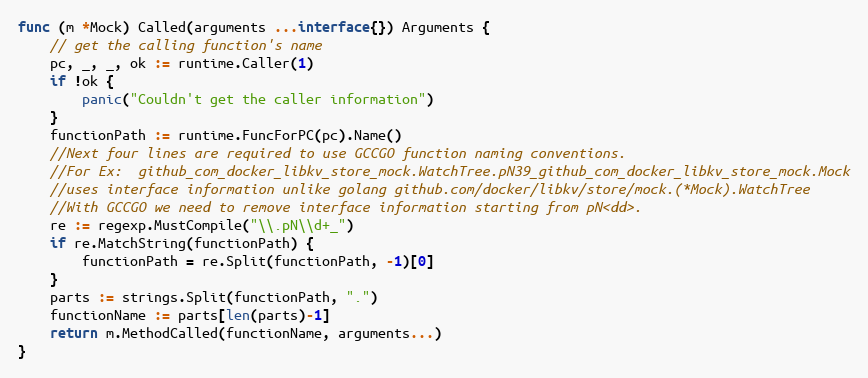
Language: Go
func (m *Mock) Called(arguments ...interface{}) Arguments {
	// get the calling function's name
	pc, _, _, ok := runtime.Caller(1)
	if !ok {
		panic("Couldn't get the caller information")
	}
	functionPath := runtime.FuncForPC(pc).Name()
	//Next four lines are required to use GCCGO function naming conventions.
	//For Ex:  github_com_docker_libkv_store_mock.WatchTree.pN39_github_com_docker_libkv_store_mock.Mock
	//uses interface information unlike golang github.com/docker/libkv/store/mock.(*Mock).WatchTree
	//With GCCGO we need to remove interface information starting from pN<dd>.
	re := regexp.MustCompile("\\.pN\\d+_")
	if re.MatchString(functionPath) {
		functionPath = re.Split(functionPath, -1)[0]
	}
	parts := strings.Split(functionPath, ".")
	functionName := parts[len(parts)-1]
	return m.MethodCalled(functionName, arguments...)
}